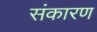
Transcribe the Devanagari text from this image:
संकारण